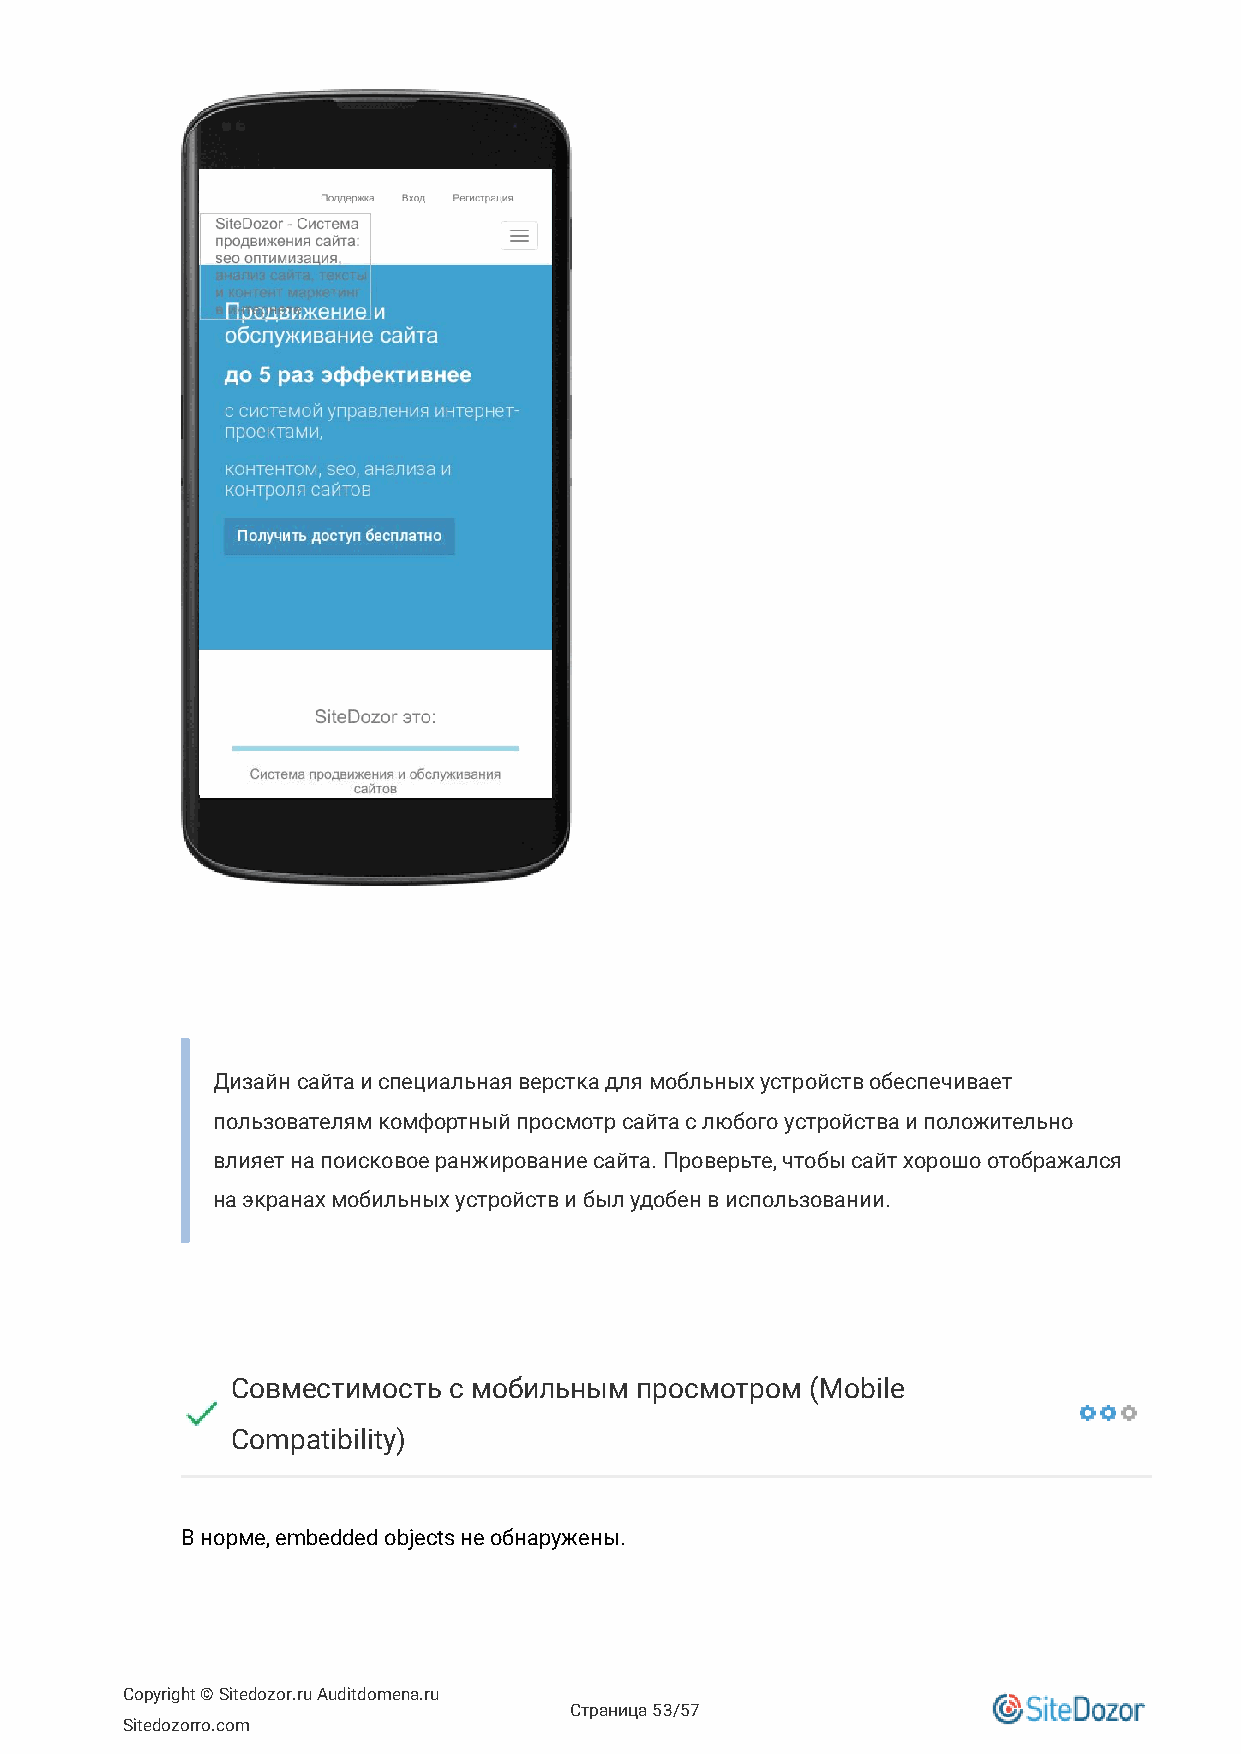
Дизайн сайта и специальная верстка для мобльных устройств обеспечивает
 пользователям комфортный просмотр сайта с любого устройства и положительно
 влияет на поисковое ранжирование сайта. Проверьте, чтобы сайт хорошо отображался
 на экранах мобильных устройств и был удобен в использовании.
 Совместимость  с мобильным просмотром  (Mobile
 Compatibility)
 В норме, embedded objects не обнаружены.
 Copyright © Sitedozor.ru Auditdomena.ru
 Страница 53/57
 Sitedozorro.com